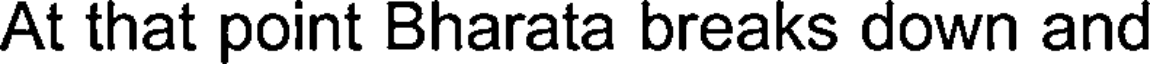
At that point Bharata breaks down and